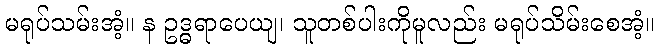
မရုပ်သမ်းအံ့။ န ဥဒ္ဓရာပေယျ၊ သူတစ်ပါးကိုမူလည်း မရုပ်သိမ်းစေအံ့။